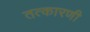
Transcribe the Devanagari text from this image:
तत्कारणी